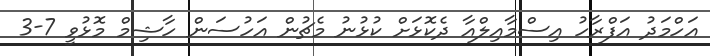
އަހްމަދު އަފްރާހު އިސްމާއިލްއާ ދެކޮޅަށް ކުޅުނު މެޗުން އަހުސަން ހާޝިމް މޮޅުވީ 7-3